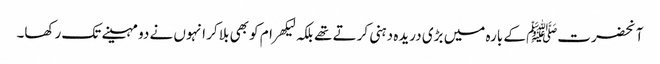
آنحضرتﷺ کے بارہ میں بڑی دریدہ دہنی کرتے تھے بلکہ لیکھرام کو بھی بلا کر انہوں نے دو مہینے تک رکھا۔